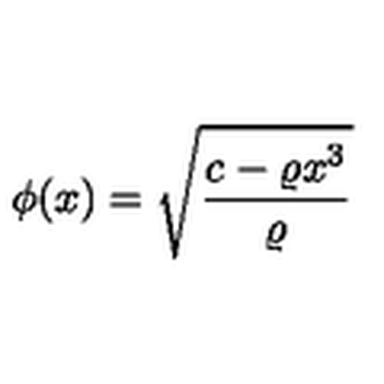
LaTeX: \phi ( x ) = \sqrt { \displaystyle \frac { c - \varrho x ^ { 3 } } { \varrho } }